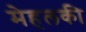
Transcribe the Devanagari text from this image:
मेहलकी